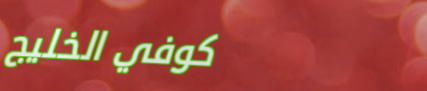
كوفي الخليج